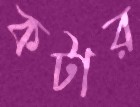
কটার